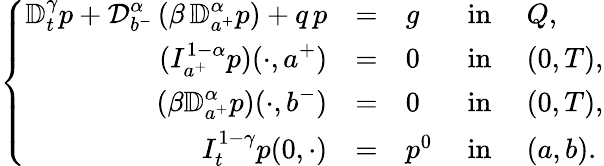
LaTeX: \left\{ \begin{array}{rlllllllll}{\mathbb{D}_{t}^{\gamma}p+\displaystyle{\mathcal D}_{b^{-}}^{\alpha}\, (\beta\, {\mathbb D}_{a^{+}}^{\alpha}p)+q\, p}&{=}&{g}&{\mathrm{~in~}}&{Q,}\\ {\displaystyle(I_{a^{+}}^{1-\alpha}p)(\cdot,a^{+})}&{=}&{0}&{\mathrm{~in~}}&{(0,T),}\\ {\displaystyle(\beta{\mathbb D}_{a^{+}}^{\alpha}p)(\cdot,b^{-})}&{=}&{0}&{\mathrm{~in~}}&{(0,T),}\\ {I_{t}^{1-\gamma}p(0,\cdot)}&{=}&{p^{0}}&{\mathrm{~in~}}&{(a,b).}\end{array}\right.